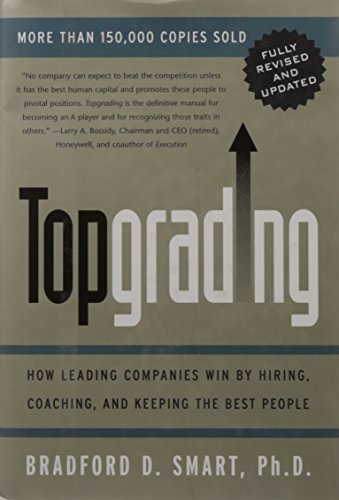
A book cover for Topgrading: How Leading Companies Win by Hiring, Coaching, and Keeping the Best People, Revised and Updated Edition; Bradford D. Smart Ph.D.; Biographies & Memoirs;